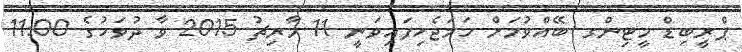
ޕްރީބިޑް މީޓިންގ ބޭއްވުމަށް ހަމަޖެހިފައިވަނީ 11 މާރިޗު 2015 ވާ ދުވަހުގެ 11:00